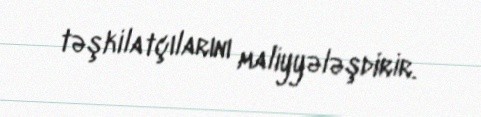
təşkilatçılarını maliyyələşdirir.